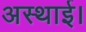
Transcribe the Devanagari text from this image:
अस्थाई।